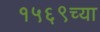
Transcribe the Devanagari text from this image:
१५६९च्या